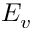
E _ { v }